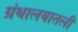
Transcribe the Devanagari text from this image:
ग्रंथालयातली